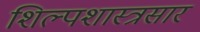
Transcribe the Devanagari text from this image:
शिल्पशास्त्रसार